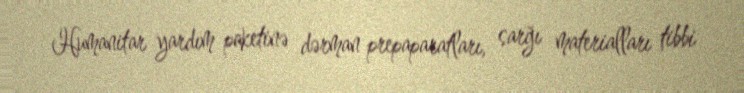
Humanitar yardım paketinə dərman prepaparatları, sarğı materialları tibbi